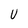
Character: U